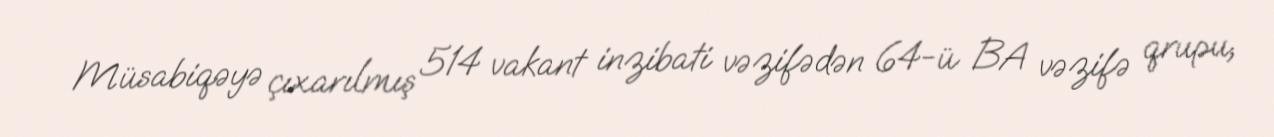
Müsabiqəyə çıxarılmış 514 vakant inzibati vəzifədən 64-ü BA vəzifə qrupu,